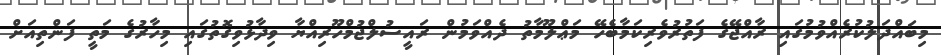
މިބައްދަލުކުރެއްވުމުގައި ރާއްޖޭގެ ފަތުރުވެރިކަމާބެހޭ މަޢްލޫމާތު ދެއްވަމުން ރައީސުލްޖުމްހޫރިއްޔާ ވިދާޅުވިގޮތުގައި މިހާރުގެ މަތީ ފަންތިއަށް